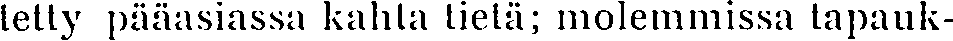
tetty pääasiassa kahta tietä; molemmissa tapauk-